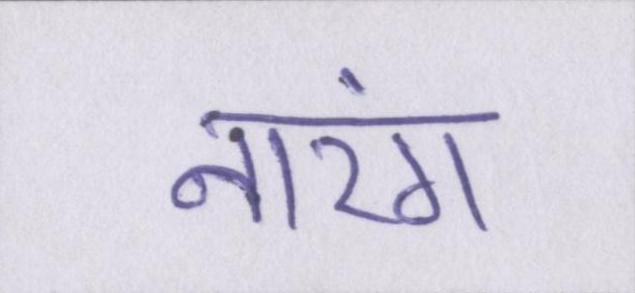
नारंग